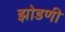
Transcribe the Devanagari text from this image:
झोडणी